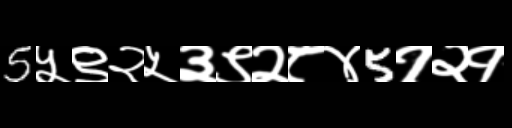
Text: 5५९२५३९२८४5१२१